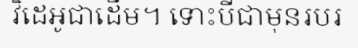
វិដេអូជាដើម។ ទោះបីជាមុនរបរ